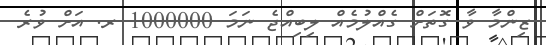
ޒިންމާ ވާ ގޮތަށް ގެއްލުމެއް ލިބިއްޖެ ނަމަ 1000000 ރ. އަށް ވުރެ